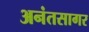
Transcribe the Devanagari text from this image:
अनंतसागर